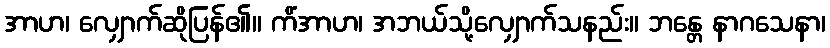
အာဟ၊ လျှောက်ဆိုပြန်၏။ ကိံအာဟ၊ အဘယ်သို့လျှောက်သနည်း။ ဘန္တေ နာဂသေနာ၊